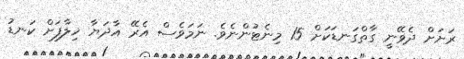
ރަށަށް ދެވޭނީ ގާތްގަނޑަކަށް 15 މިނެޓުންނެވެ. ނަމަވެސް އެރޭ އާދަޔާ ޚިލާފަށް ކަނޑު